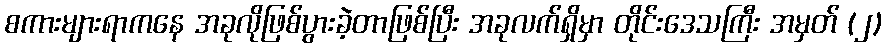
စကားများရာကနေ အခုလိုဖြစ်ပွားခဲ့တာဖြစ်ပြီး အခုလက်ရှိမှာ တိုင်းဒေသကြီး အမှတ် (၂)